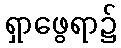
ရှာဖွေရာ၌